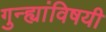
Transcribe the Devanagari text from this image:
गुन्ह्यांविषयी